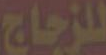
للزجاج